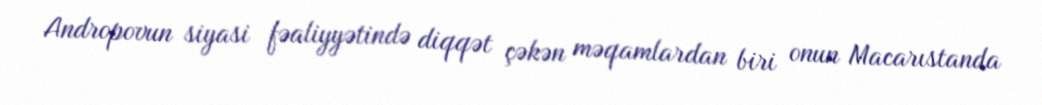
Andropovun siyasi fəaliyyətində diqqət çəkən məqamlardan biri onun Macarıstanda